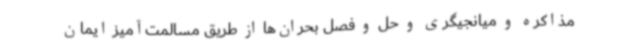
مذاکره و میانجیگری و حل و فصل بحران‌ها از طریق مسالمت‌آمیز ایمان